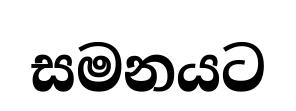
සමනයට